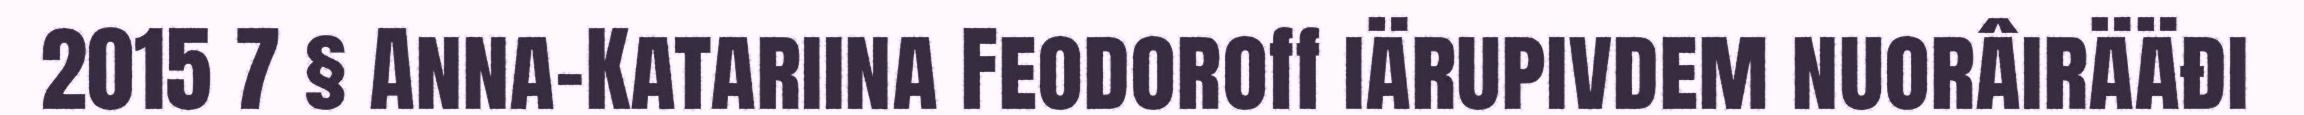
2015 7 § Anna-Katariina Feodoroff iärupivdem nuorâirääđi